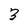
Character: 3